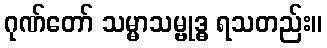
ဂုဏ်တော် သမ္မာသမ္ဗုဒ္ဓ ရသတည်း။